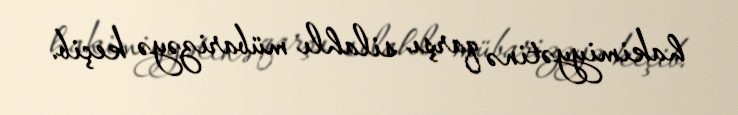
hakimiyyətinə qarşı silahlı mübarizəyə keçib.